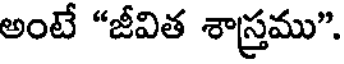
అంటే "జీవిత శాస్త్రము".